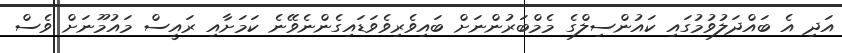
އަދި އެ ބައްދަލުވުމުގައި ކައުންސިލްގެ މެމްބަރުންނަށް ބައިވެރިވެވަޑައިގެންނެވޭނެ ކަމަށާއި ރައީސް މައުމޫނަށް ވެސް